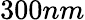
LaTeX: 300nm